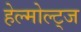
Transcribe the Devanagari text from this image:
हेल्मोल्ट्ज